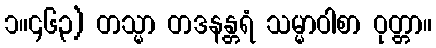
၁။၄၆၃) တသ္မာ တဒနန္တရံ သမ္မာဝါစာ ဝုတ္တာ။